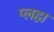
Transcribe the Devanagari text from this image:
प्लहा